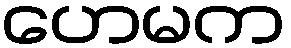
ဟေမက